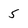
Character: 5